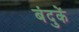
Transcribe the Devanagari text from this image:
बंदुकें